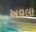
અવલા